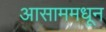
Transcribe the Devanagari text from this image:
आसाममधून